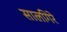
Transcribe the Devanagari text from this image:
सालगिरे